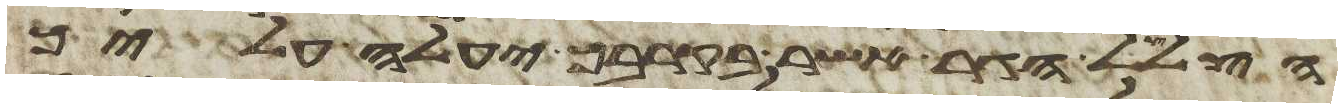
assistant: הצלצל הגר אשר בקרבך יעלה עליך